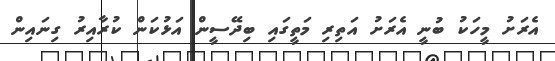
އެރަށު މީހަކު ބުނީ އެރަށު އަތިރި މަތީގައި ބިދޭސީން އަޅުކަން ކުރާއިރު ގިނައިން